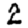
Digit: 2